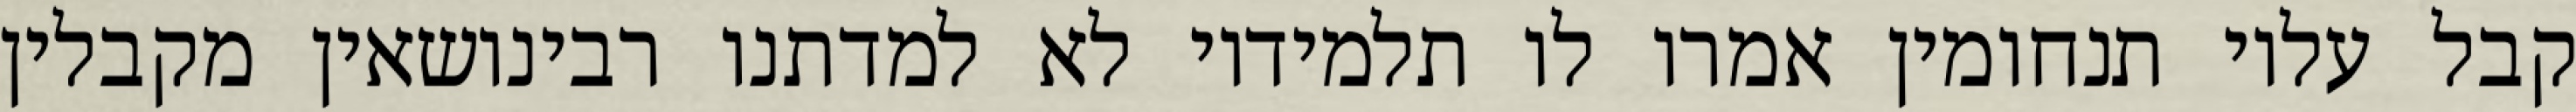
קבל עליו תנחומין אמרו לו תלמידיו לא למדתנו רבינושאין מקבלין